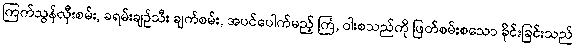
ကြက်သွန်လှီးစမ်း, ခရမ်းချဉ်သီး ချက်စမ်း, အပင်ပေါက်မည့် ကြံ, ဝါးစသည်ကို ဖြတ်စမ်းစသော ခိုင်းခြင်းသည်